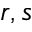
r , s